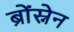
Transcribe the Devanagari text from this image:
ब्रोंस्नेन